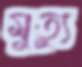
মুত্যু